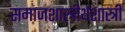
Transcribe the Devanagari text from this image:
समाजशास्त्रीर्थशास्त्री